Parnu_kinnistusamet, lk 2
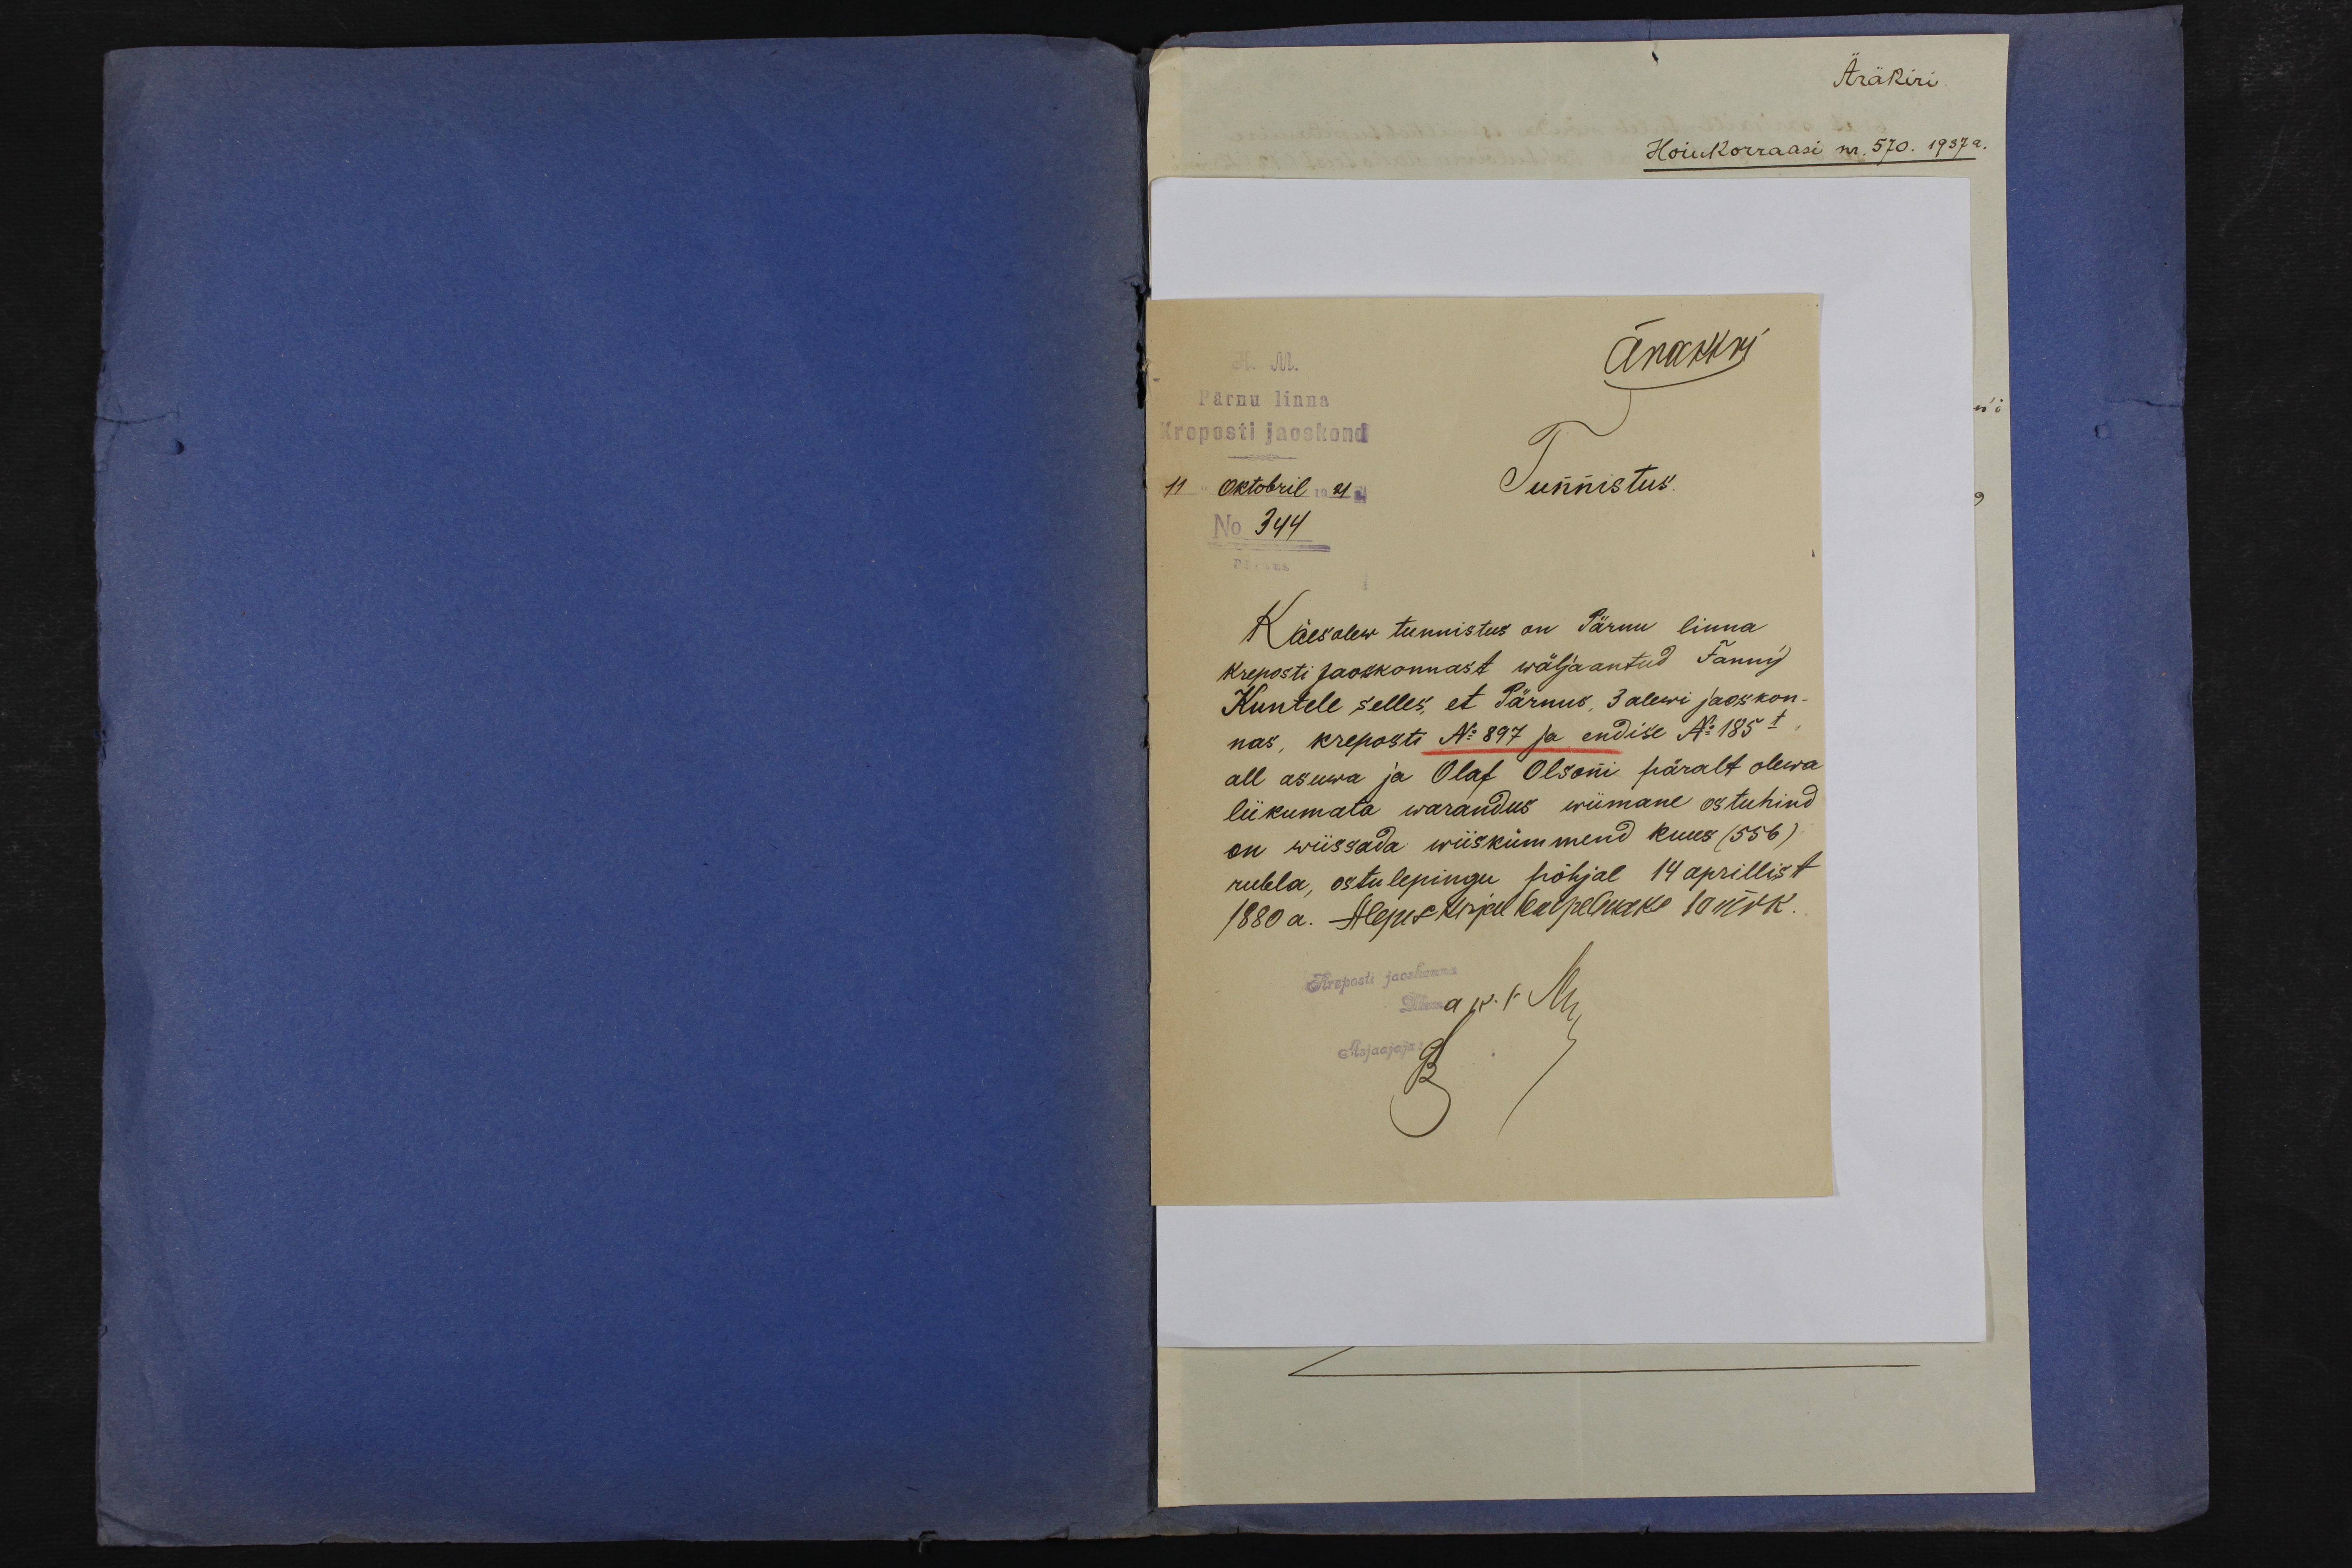
ärakiri
Pärnu linna
Kreposti jaoskond
11 Oktobril 1921 a.
Tunnistus.
No 344
Käesolew tunnistus on Pärnu linna
Kreposti jaoskonnast wäljaantud Fanny
Kuntele selles, et Pärnus, 3 alewi jaoskon-
nas, kreposti No 897 ja endise No 185t
all asuwa ja Olaf Olsoni päralt olewa
liikumata warandus wiimane ostuhind
on wiissada wiiskümmend kuus (556)
rubla, ostulepingu põhjal 14 aprillist
1880 a. Alguskirjal tempelmaks 10 mrk.
Kreposti jaoskonna
Ülem
Asjaajaja